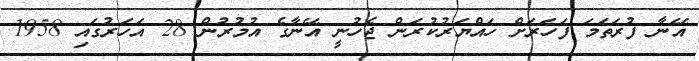
އޭނާ ފުރަތަމަ ފަހަރަށް ހައްޔަރުކުރަން ޖެހުނީ އޭނާގެ އުމުރުން 28 އަހަރުގައި 1958